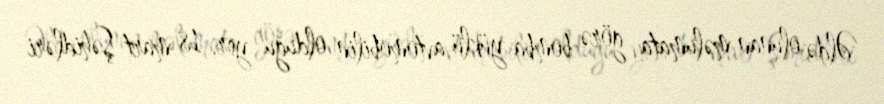
Əldə olunan məlumata görə bomba yüklü avtomobilin olduğu yer, 18 mart Şəhidləri